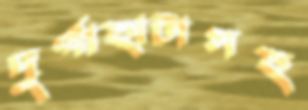
দুর্গাহাটাসহ